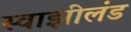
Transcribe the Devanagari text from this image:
स्वाझीलंड